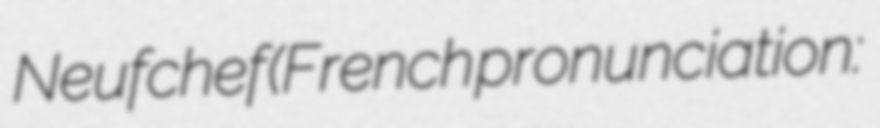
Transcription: Neufchef (French pronunciation: